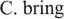
C. Bring